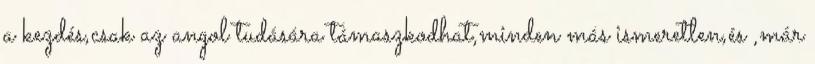
a kezdés,csak az angol tudására támaszkodhat,minden más ismeretlen,és ,már